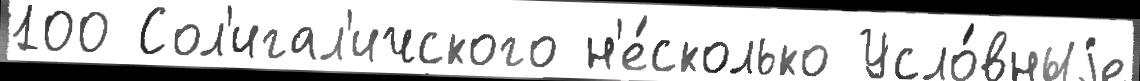
100 Сол'игал'ичского н'е́сколько Усло́вныjе